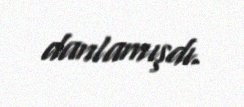
danlamışdı.